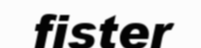
fister